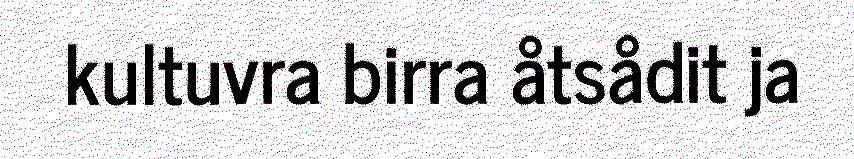
kultuvra birra åtsådit ja